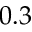
0 . 3